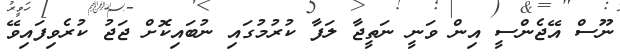
ނޫސް އޭޖެންސީ އިން ވަނީ ނަތީޖާ ލަފާ ކުރުމުގައި ނުބައިކޮށް ޖަޖު ކުރެވިފައިވޭ